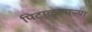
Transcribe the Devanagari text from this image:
पिटाळणाऱ्या